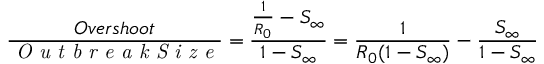
\frac { O v e r s h o o t } { \textit { O u t b r e a k S i z e } } = \frac { \frac { 1 } { R _ { 0 } } - S _ { \infty } } { 1 - S _ { \infty } } = \frac { 1 } { R _ { 0 } ( 1 - S _ { \infty } ) } - \frac { S _ { \infty } } { 1 - S _ { \infty } }